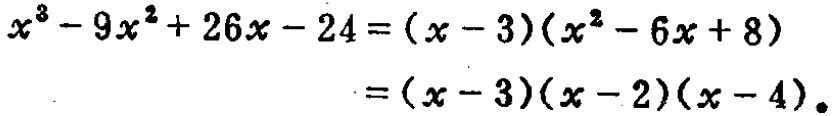
\[
\begin{align*}
x^{3}-9x^{2}+26x - 24&=(x - 3)(x^{2}-6x + 8)\\
&=(x - 3)(x - 2)(x - 4)
\end{align*}
\]